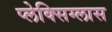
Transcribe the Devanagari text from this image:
प्लेक्सिग्लास